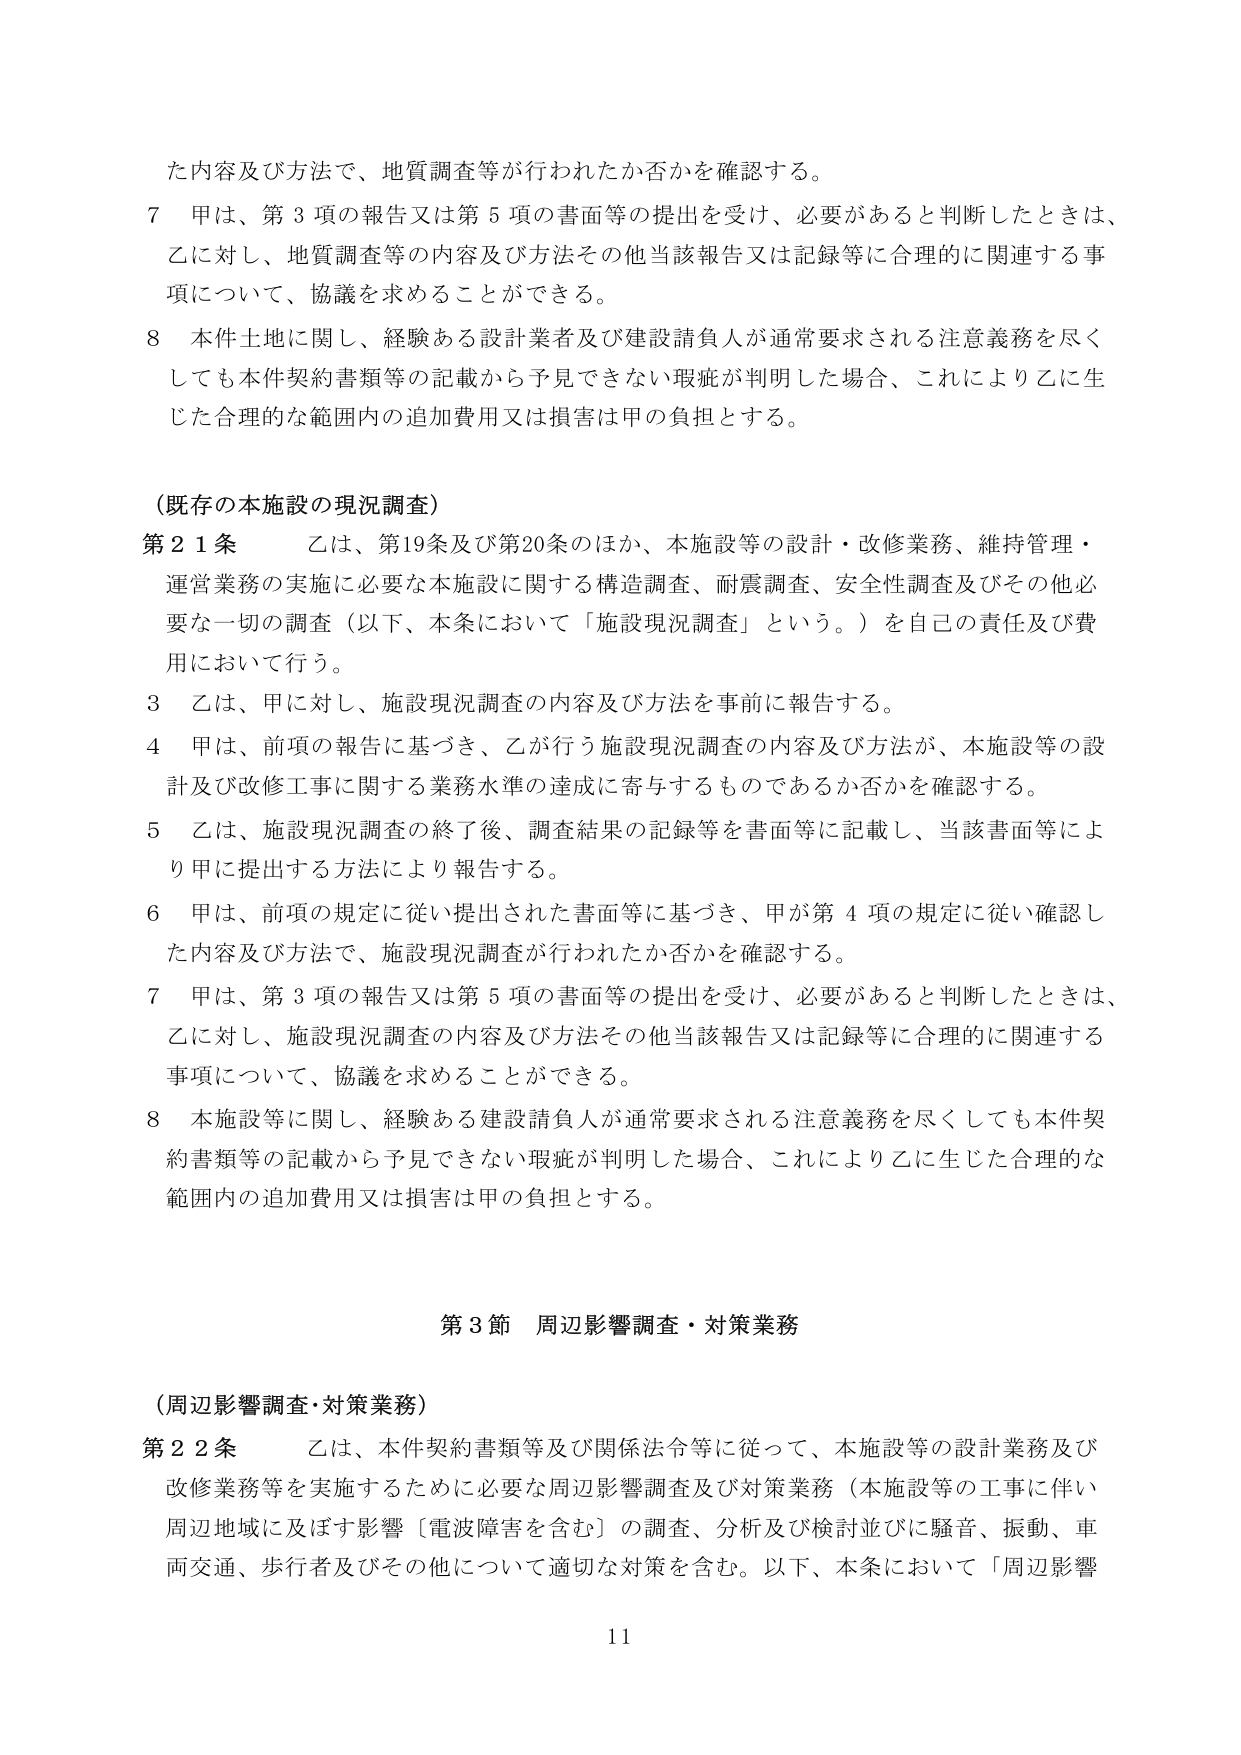
た内容及び方法で、地質調査等が行われたか否かを確認する。

7 甲は、第3項の報告又は第5項の書面等の提出を受け、必要があると判断したときは、乙に対し、地質調査等の内容及び方法その他当該報告又は記録等に合理的に関連する事項について、協議を求めることができる。

8 本件土地に関し、経験ある設計業者及び建設請負人が通常要求される注意義務を尽くしても本件契約書類等の記載から予見できない瑕疵が判明した場合、これにより乙に生じた合理的な範囲内の追加費用又は損害は甲の負担とする。

（既存の本施設の現況調査）

第21条 乙は、第19条及び第20条のほか、本施設等の設計・改修業務、維持管理・運営業務の実施に必要な本施設に関する構造調査、耐震調査、安全性調査及びその他必要な一切の調査（以下、本条において「施設現況調査」という。）を自己の責任及び費用において行う。

3 乙は、甲に対し、施設現況調査の内容及び方法を事前に報告する。

4 甲は、前項の報告に基づき、乙が行う施設現況調査の内容及び方法が、本施設等の設計及び改修工事に関する業務水準の達成に寄与するものであるか否かを確認する。

5 乙は、施設現況調査の終了後、調査結果の記録等を書面等に記載し、当該書面等により甲に提出する方法により報告する。

6 甲は、前項の規定に従い提出された書面等に基づき、甲が第4項の規定に従い確認した内容及び方法で、施設現況調査が行われたか否かを確認する。

7 甲は、第3項の報告又は第5項の書面等の提出を受け、必要があると判断したときは、乙に対し、施設現況調査の内容及び方法その他当該報告又は記録等に合理的に関連する事項について、協議を求めることができる。

8 本施設等に関し、経験ある建設請負人が通常要求される注意義務を尽くしても本件契約書類等の記載から予見できない瑕疵が判明した場合、これにより乙に生じた合理的な範囲内の追加費用又は損害は甲の負担とする。

第3節 周辺影響調査・対策業務

（周辺影響調査・対策業務）

第22条 乙は、本件契約書類等及び関係法令等に従って、本施設等の設計業務及び改修業務等を実施するために必要な周辺影響調査及び対策業務（本施設等の工事に伴い周辺地域に及ぼす影響［電波障害を含む］の調査、分析及び検討並びに騒音、振動、車両交通、歩行者及びその他について適切な対策を含む。以下、本条において「周辺影響

11